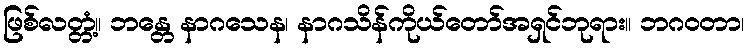
ဖြစ်လတ္တံ့။ ဘန္တေ နာဂသေန၊ နာဂသိန်ကိုယ်တော်အရှင်ဘုရား။ ဘဂဝတာ၊